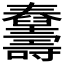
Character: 𦦾